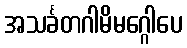
အသင်္ခတဂါမိမဂ္ဂေါပေ